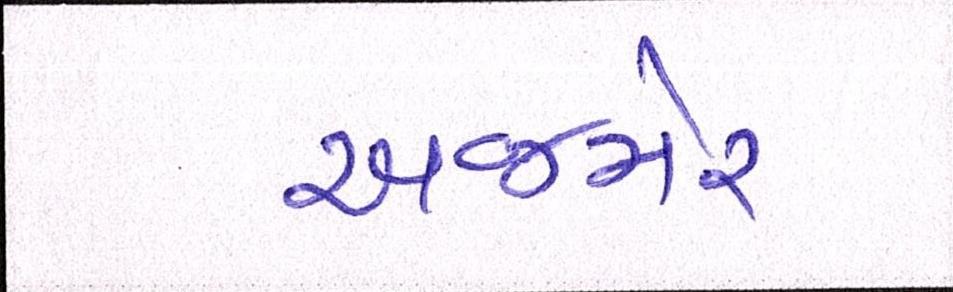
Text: અજમેર